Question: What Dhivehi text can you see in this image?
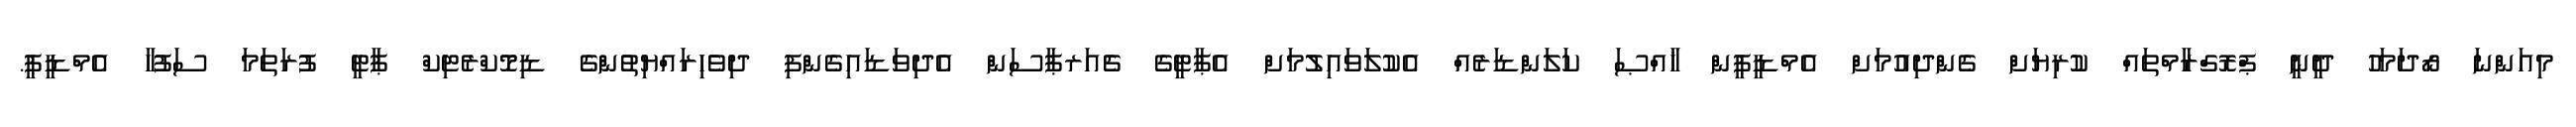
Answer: މިއަންނަ ރޯދަމަހު ދީނީ ޕްރޮގްރާމްތައް ކުރިޔަށް ގެންދިއުމަށް އެމްޑީޕީން ޚާއްޞަ ކަލަންޑަރެއް އެކުލަވައިލުމަށް އެޕާޓީގެ ޗެއަރޕާސަން އެދިވަޑައިގެންފި ދިވެހިރައްޔިތުންގެ ޑިމޮކްރެޓިކް ޕާޓީ ފުރަތަމަ ސަފުހާ އެމްޑީޕީ.